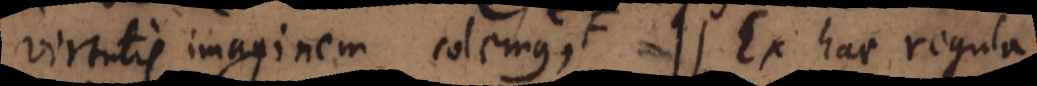
virtutis imaginem colemus, Ex hac regula